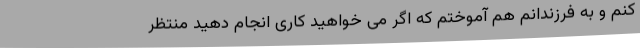
کنم و به فرزندانم هم آموختم که اگر می خواهید کاری انجام دهید منتظر